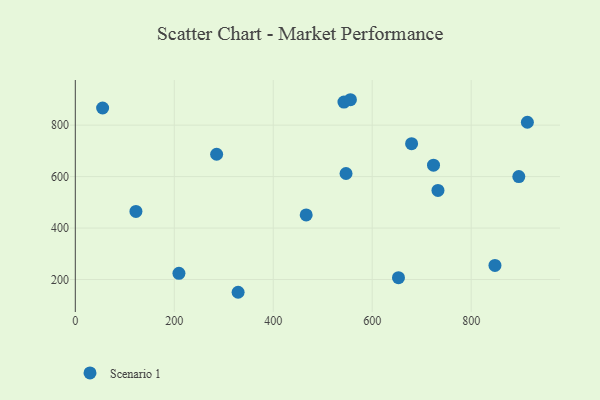
{"axis": {"x": "Ad Spend", "y": "Salary"}, "legend": ["Scenario 1"], "data": [{"x": "466.6", "y": 450.9, "type": "Scenario 1"}, {"x": "679.6", "y": 727.9, "type": "Scenario 1"}, {"x": "285.6", "y": 686.8, "type": "Scenario 1"}, {"x": "653.1", "y": 207.2, "type": "Scenario 1"}, {"x": "542.9", "y": 889.4, "type": "Scenario 1"}, {"x": "329.0", "y": 150.5, "type": "Scenario 1"}, {"x": "209.4", "y": 224.1, "type": "Scenario 1"}, {"x": "848.1", "y": 254.7, "type": "Scenario 1"}, {"x": "732.9", "y": 546.1, "type": "Scenario 1"}, {"x": "547.1", "y": 612.0, "type": "Scenario 1"}, {"x": "556.0", "y": 898.7, "type": "Scenario 1"}, {"x": "723.9", "y": 644.3, "type": "Scenario 1"}, {"x": "55.2", "y": 866.5, "type": "Scenario 1"}, {"x": "122.5", "y": 464.7, "type": "Scenario 1"}, {"x": "896.3", "y": 600.2, "type": "Scenario 1"}, {"x": "913.6", "y": 811.1, "type": "Scenario 1"}]}